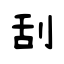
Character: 刮